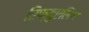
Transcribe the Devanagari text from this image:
रिफ्युएलिंग